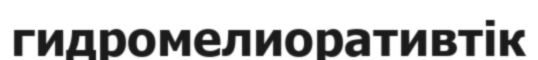
гидромелиоративтік